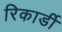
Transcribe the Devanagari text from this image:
रिकार्डी